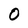
Character: o